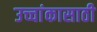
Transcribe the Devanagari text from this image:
उच्चांकासाठी